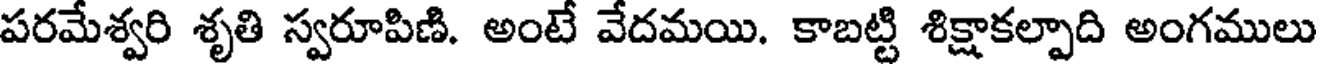
పరమేశ్వరి శృతి స్వరూపిణి. అంటే వేదమయి. కాబట్టి శిక్షాకల్పాది అంగములు